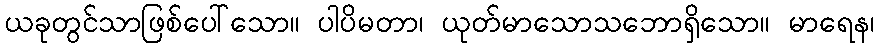
ယခုတွင်သာဖြစ်ပေါ်သော။ ပါပိမတာ၊ ယုတ်မာသောသဘောရှိသော။ မာရေန၊